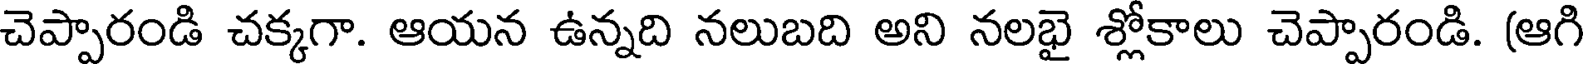
చెప్పారండి చక్కగా. ఆయన ఉన్నది నలుబది అని నలభై శ్లోకాలు చెప్పారండి. (ఆగి